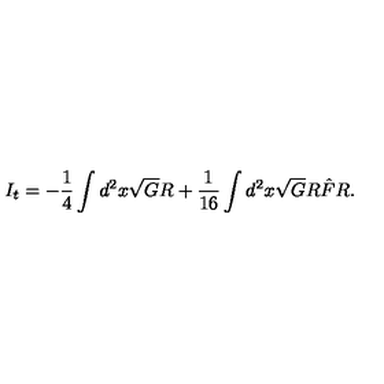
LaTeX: I _ { t } = - \frac { 1 } { 4 } \int d ^ { 2 } x \sqrt { G } R + \frac { 1 } { 1 6 } \int d ^ { 2 } x \sqrt { G } R \hat { F } R .